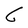
Character: C